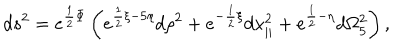
LaTeX: d s ^ { 2 } = e ^ { { \frac { 1 } { 2 } } \Phi } \left( e ^ { { \frac { 1 } { 2 } } \xi - 5 \eta } d \rho ^ { 2 } + e ^ { - { \frac { 1 } { 2 } } \xi } d x _ { | | } ^ { 2 } + e ^ { { \frac { 1 } { 2 } } - \eta } d \Omega _ { 5 } ^ { 2 } \right) ,